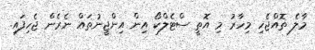
މާލެ ތޮއްޖެހި މިހާރު މި އޮތީ ސްޓެލްކޯ އިން އިންޖީނުތައް ނެރެން ޖެހިފައި.